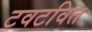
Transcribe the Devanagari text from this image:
टवटवित